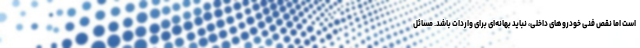
است اما نقص فنی خودروهای داخلی، نباید بهانه‌ای برای واردات باشد. مسائل